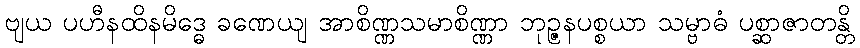
ဗျယ ပဟီနထိနမိဒ္ဓေ ခဏေယျ အာစိဏ္ဏသမာစိဏ္ဏာ ဘုဉ္ဇနပစ္စယာ သမ္ဗာဓံ ပစ္ဆာဇာတန္တိ